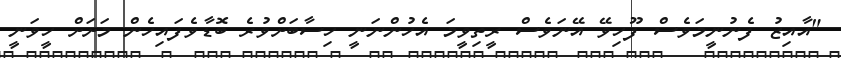
"އާއިޒު ފެނުނީމަވެސް ފޫހިވޭ އޭނަވެސް ރީތިވީމަ އެހުންނަނީ ހިސާބަށްވުރެ ބޮޑާވެފައިހެން މަށަށް ހީވަނީ